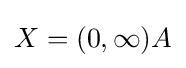
X=(0,\infty )A